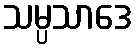
သမ္ပသာဒေ